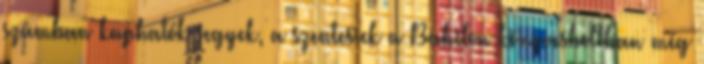
számban kaphatók jegyek, a szentesiek a Babilon könyvesboltban még